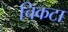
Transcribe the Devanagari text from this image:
चिकटा